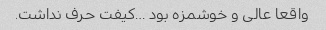
واقعا عالی و خوشمزه بود …کیفت حرف نداشت.